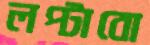
লপ্‌টাবো